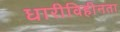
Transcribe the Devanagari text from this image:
धारीविहीनता